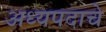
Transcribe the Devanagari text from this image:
अध्यपदाचे